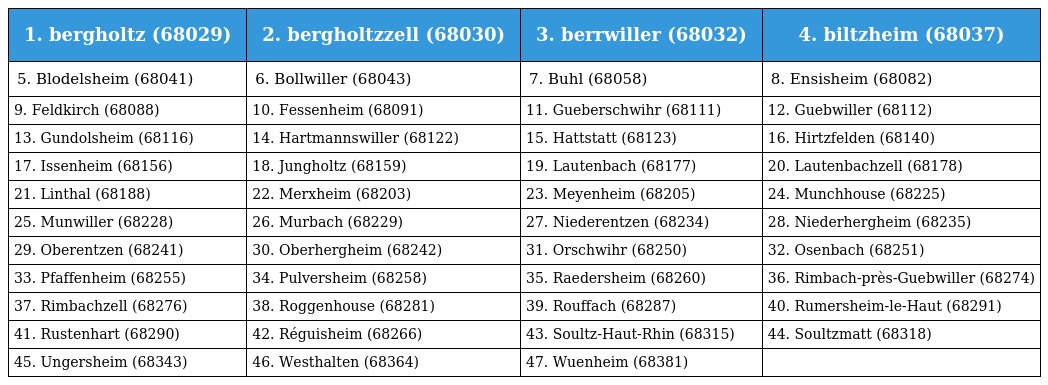
| 1. bergholtz (68029) | 2. bergholtzzell (68030) | 3. berrwiller (68032) | 4. biltzheim (68037) |
 | --- | --- | --- | --- |
 | 5. Blodelsheim (68041) | 6. Bollwiller (68043) | 7. Buhl (68058) | 8. Ensisheim (68082) |
 | 9. Feldkirch (68088) | 10. Fessenheim (68091) | 11. Gueberschwihr (68111) | 12. Guebwiller (68112) |
 | 13. Gundolsheim (68116) | 14. Hartmannswiller (68122) | 15. Hattstatt (68123) | 16. Hirtzfelden (68140) |
 | 17. Issenheim (68156) | 18. Jungholtz (68159) | 19. Lautenbach (68177) | 20. Lautenbachzell (68178) |
 | 21. Linthal (68188) | 22. Merxheim (68203) | 23. Meyenheim (68205) | 24. Munchhouse (68225) |
 | 25. Munwiller (68228) | 26. Murbach (68229) | 27. Niederentzen (68234) | 28. Niederhergheim (68235) |
 | 29. Oberentzen (68241) | 30. Oberhergheim (68242) | 31. Orschwihr (68250) | 32. Osenbach (68251) |
 | 33. Pfaffenheim (68255) | 34. Pulversheim (68258) | 35. Raedersheim (68260) | 36. Rimbach-près-Guebwiller (68274) |
 | 37. Rimbachzell (68276) | 38. Roggenhouse (68281) | 39. Rouffach (68287) | 40. Rumersheim-le-Haut (68291) |
 | 41. Rustenhart (68290) | 42. Réguisheim (68266) | 43. Soultz-Haut-Rhin (68315) | 44. Soultzmatt (68318) |
 | 45. Ungersheim (68343) | 46. Westhalten (68364) | 47. Wuenheim (68381) |  |